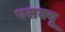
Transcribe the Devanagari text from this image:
एसक्यू